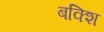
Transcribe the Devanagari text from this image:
बक्शि